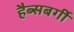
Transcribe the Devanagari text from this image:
हैब्सबर्गी